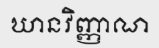
ឃានវិញ្ញាណ